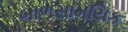
બાળસામયિક